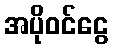
အပိုဝင်ငွေ